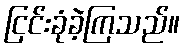
ငြင်းခုံခဲ့ကြသည်။